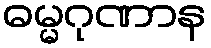
ဓမ္မဂုဏာန